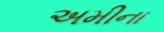
અમીના